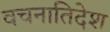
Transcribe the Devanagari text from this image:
वचनातिदेश